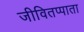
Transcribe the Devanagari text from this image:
जीवितप्पाता